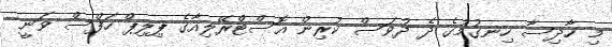
މި ހާދިސާ ހިނގުމުގެ ދެ ދުވަސް ކުރިން އޮސްޓްރޭލިއާގެ ޕިލިޕް ހަފްސް ވަނީ